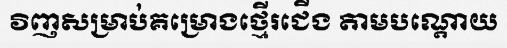
វិញសម្រាប់គម្រោងថ្មើរជើង តាមបណ្តោយ